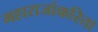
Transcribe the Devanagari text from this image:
महाराजांकरिता